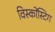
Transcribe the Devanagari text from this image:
विस्कोंस्टिग